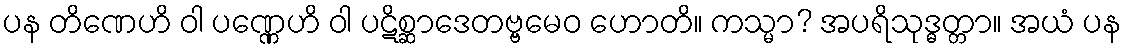
ပန တိဏေဟိ ဝါ ပဏ္ဏေဟိ ဝါ ပဋိစ္ဆာဒေတဗ္ဗမေဝ ဟောတိ။ ကသ္မာ? အပရိသုဒ္ဓတ္တာ။ အယံ ပန